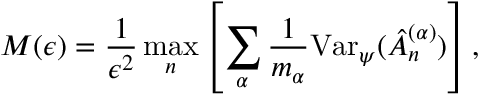
M ( \epsilon ) = \frac { 1 } { \epsilon ^ { 2 } } \operatorname* { m a x } _ { n } \left[ \sum _ { \alpha } \frac { 1 } { m _ { \alpha } } \mathrm { V a r } _ { \psi } ( \hat { A } _ { n } ^ { ( \alpha ) } ) \right] ,